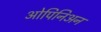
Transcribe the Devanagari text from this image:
ओपिनिअन